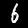
Digit: 6